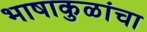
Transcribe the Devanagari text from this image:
भाषाकुळांचा